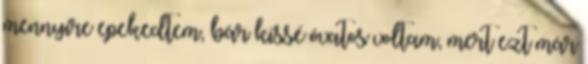
mennyire epekedtem, bár kissé óvatos voltam, mert ezt már